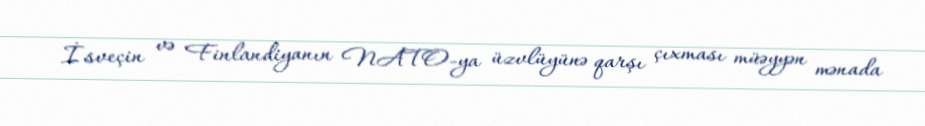
İsveçin və Finlandiyanın NATO-ya üzvlüyünə qarşı çıxması müəyyən mənada